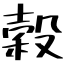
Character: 穀